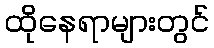
ထိုနေရာများတွင်